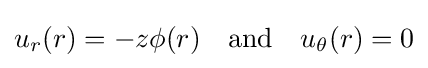
u_{r}(r)=-z\phi (r)\quad {\text{and}}\quad u_{\theta }(r)=0